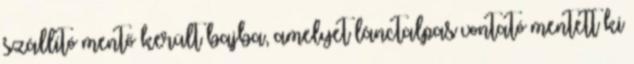
szállító mentő került bajba, amelyet lánctalpas vontató mentett ki